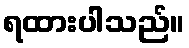
ရထားပါသည်။